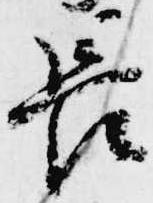
長